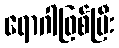
ရောဂါဖြစ်ပြီး